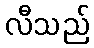
လီသည်